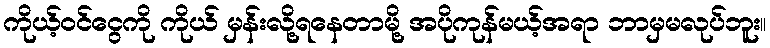
ကိုယ့်ဝင်ငွေကို ကိုယ် မှန်းလို့ရနေတာမို့ အပိုကုန်မယ့်အရာ ဘာမှမလုပ်ဘူး။